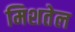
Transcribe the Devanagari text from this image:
मिशतेल